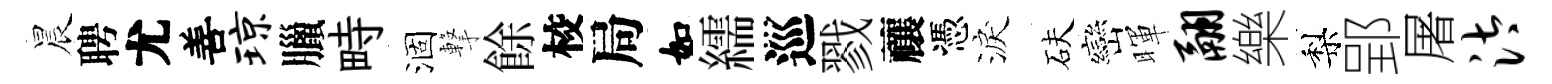
晨聘尤善琼臘畤涸撃餘校局如繻巡戮禳憑淚砆巒暉翮樂梨郢屠汰